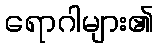
ရောဂါများ၏